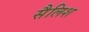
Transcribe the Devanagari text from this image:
सैलिश